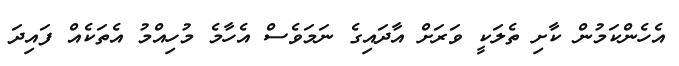
އެހެންކަމުން ކާށި ތެލަކީ ވަރަށް އާދައިގެ ނަމަވެސް އެހާމެ މުހިއްމު އެތަކެއް ފައިދަ